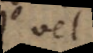
A vel